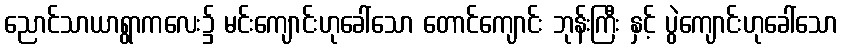
ညောင်သာယာရွာကလေး၌ မင်းကျောင်းဟုခေါ်သော တောင်ကျောင်း ဘုန်းကြီး နှင့် ပွဲကျောင်းဟုခေါ်သော